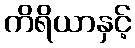
ကိရိယာနှင့်